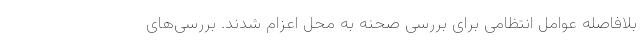
بلافاصله عوامل انتظامی برای بررسی صحنه به محل اعزام شدند. بررسی‌های